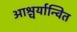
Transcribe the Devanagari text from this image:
आश्चर्यान्वित